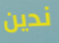
ندين